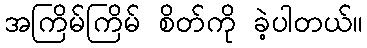
အကြိမ်ကြိမ် စိတ်ကို ခဲ့ပါတယ်။